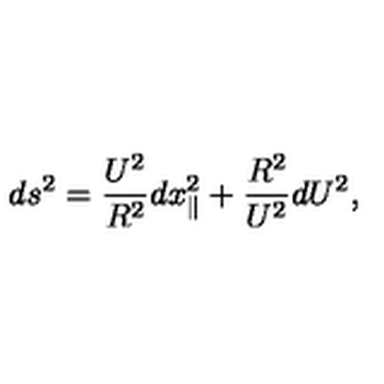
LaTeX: d s ^ { 2 } = \frac { U ^ { 2 } } { R ^ { 2 } } d x _ { \parallel } ^ { 2 } + \frac { R ^ { 2 } } { U ^ { 2 } } d U ^ { 2 } ,